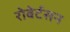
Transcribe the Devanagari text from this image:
रोबेर्टसन